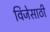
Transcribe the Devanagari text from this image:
विजेसाठी